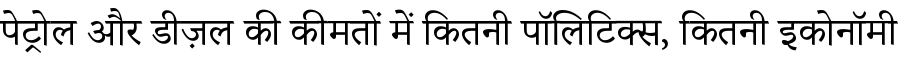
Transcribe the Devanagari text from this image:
पेट्रोल और डीज़ल की कीमतों में कितनी पॉलिटिक्स, कितनी इकोनॉमी